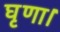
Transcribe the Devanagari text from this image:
घृणा।